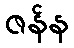
ဇန်န